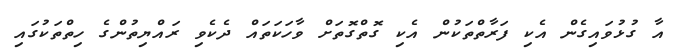
އާ ގުޅުވައިގެން އެކި ފަރާތްތަކުން އެކި ގޮތްގޮތަށް ވާހަކަތައް ދެކެވި ރައްޔިތުންގެ ހިތްތަކުގައި